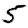
Digit: 5